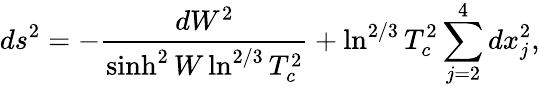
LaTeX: ds^{2}=-\frac{dW^{2}}{\sinh^{2}W\ln^{2/3}T_{c}^{2}}+\ln^{2/3}T_{c}^{2}\sum_{j=2}^{4}dx_{j}^{2},